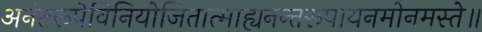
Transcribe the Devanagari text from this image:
अनंतरूपेविनियोजितात्माह्यनन्तरूपायनमोनमस्ते॥